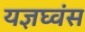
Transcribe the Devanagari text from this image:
यज्ञघ्वंस